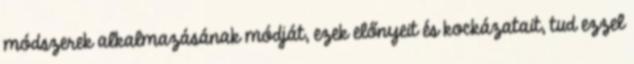
módszerek alkalmazásának módját, ezek előnyeit és kockázatait, tud ezzel